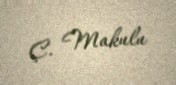
Ç. Makulu